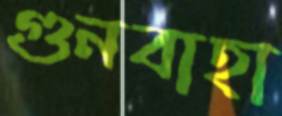
গুনবাহা